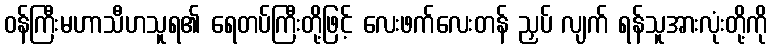
ဝန်ကြီးမဟာသီဟသူရ၏ ရေတပ်ကြီးတို့ဖြင့် လေးဖက်လေးတန် ညှပ် လျက် ရန်သူအားလုံးတို့ကို